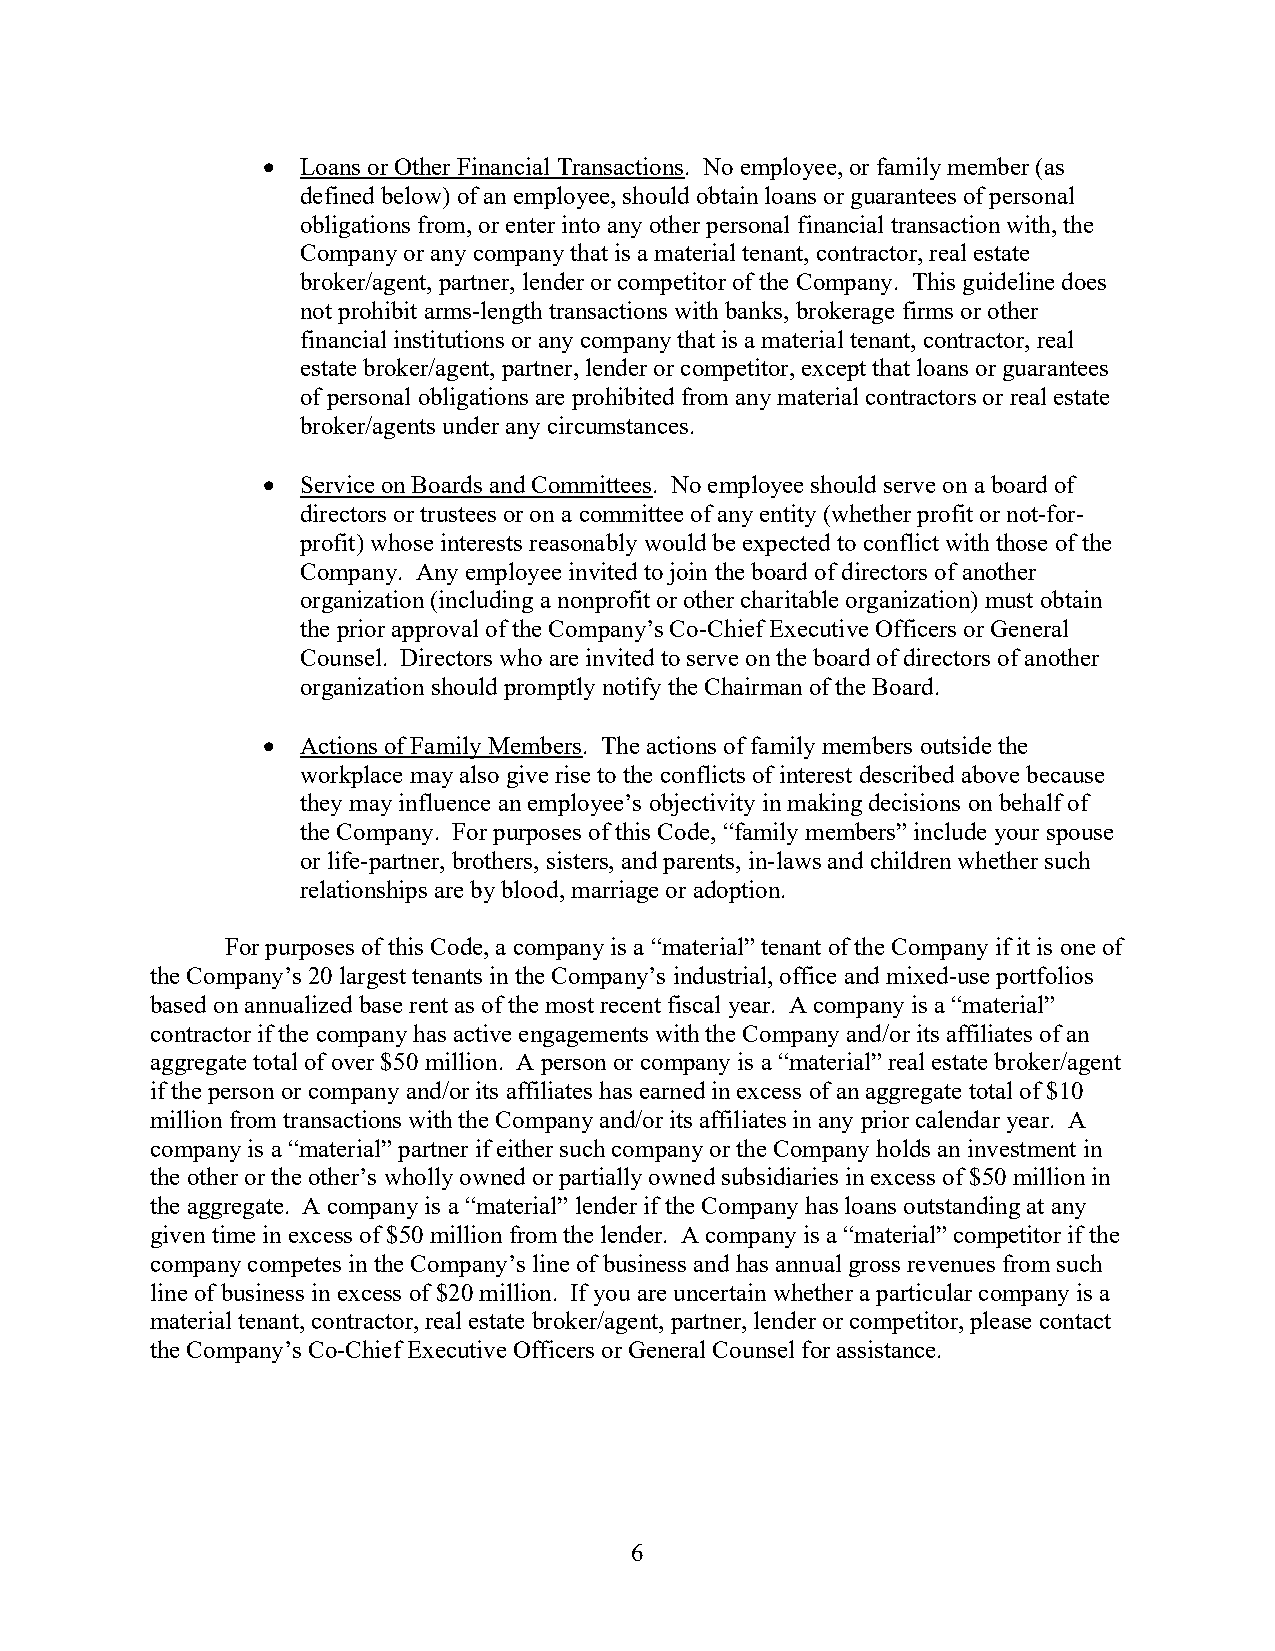
  Loans or Other Financial Transactions. No employee, or family member (as
 defined below) of an employee, should obtain loans or guarantees of personal
 obligations from, or enter into any other personal financial transaction with, the
 Company or any company that is a material tenant, contractor, real estate
 broker/agent, partner, lender or competitor of the Company. This guideline does
 not prohibit arms-length transactions with banks, brokerage firms or other
 financial institutions or any company that is a material tenant, contractor, real
 estate broker/agent, partner, lender or competitor, except that loans or guarantees
 of personal obligations are prohibited from any material contractors or real estate
 broker/agents under any circumstances.
   Service on Boards and Committees. No employee should serve on a board of
 directors or trustees or on a committee of any entity (whether profit or not-for-
 profit) whose interests reasonably would be expected to conflict with those of the
 Company. Any employee invited to join the board of directors of another
 organization (including a nonprofit or other charitable organization) must obtain
 the prior approval of the Company’s Co-Chief Executive Officers or General
 Counsel. Directors who are invited to serve on the board of directors of another
 organization should promptly notify the Chairman of the Board.
   Actions of Family Members. The actions of family members outside the
 workplace may also give rise to the conflicts of interest described above because
 they may influence an employee’s objectivity in making decisions on behalf of
 the Company. For purposes of this Code, “family members” include your spouse
 or life-partner, brothers, sisters, and parents, in-laws and children whether such
 relationships are by blood, marriage or adoption.
 For purposes of this Code, a company is a “material” tenant of the Company if it is one of
 the Company’s 20 largest tenants in the Company’s industrial, office and mixed-use portfolios
 based on annualized base rent as of the most recent fiscal year. A company is a “material”
 contractor if the company has active engagements with the Company and/or its affiliates of an
 aggregate total of over $50 million. A person or company is a “material” real estate broker/agent
 if the person or company and/or its affiliates has earned in excess of an aggregate total of $10
 million from transactions with the Company and/or its affiliates in any prior calendar year. A
 company is a “material” partner if either such company or the Company holds an investment in
 the other or the other’s wholly owned or partially owned subsidiaries in excess of $50 million in
 the aggregate. A company is a “material” lender if the Company has loans outstanding at any
 given time in excess of $50 million from the lender. A company is a “material” competitor if the
 company competes in the Company’s line of business and has annual gross revenues from such
 line of business in excess of $20 million. If you are uncertain whether a particular company is a
 material tenant, contractor, real estate broker/agent, partner, lender or competitor, please contact
 the Company’s Co-Chief Executive Officers or General Counsel for assistance.
 6